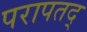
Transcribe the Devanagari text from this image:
परापतद्